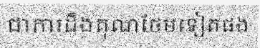
ជាការដឹងគុណថែមទៀតផង